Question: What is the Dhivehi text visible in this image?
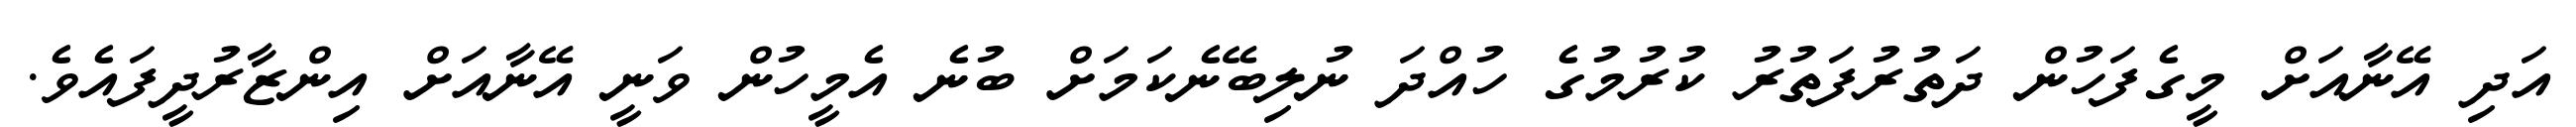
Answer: އަދި އޭނާއަށް މީގެފަހުން ދަތުރުފަތުރު ކުރުމުގެ ހުއްދަ ނުލިބޭނެކަމަށް ބުނެ އެމީހުން ވަނީ އޭނާއަށް އިންޒާރުދީފައެވެ.